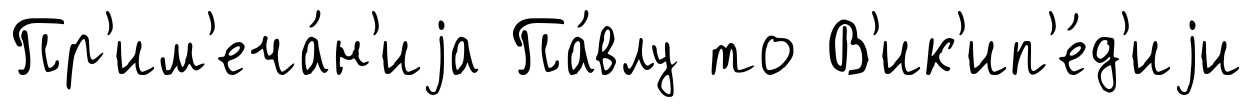
Пр'им'еча́н'иjа Па́влу то В'ик'ип'е́д'иjи